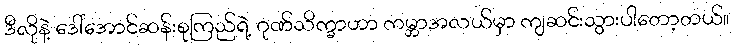
ဒီလိုနဲ့ ဒေါ်အောင်ဆန်းစုကြည်ရဲ့ ဂုဏ်သိက္ခာဟာ ကမ္ဘာအလယ်မှာ ကျဆင်းသွားပါတော့တယ်။